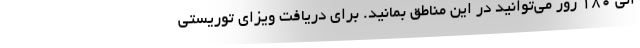
الی 180 روز می‌توانید در این مناطق بمانید. برای دریافت ویزای توریستی